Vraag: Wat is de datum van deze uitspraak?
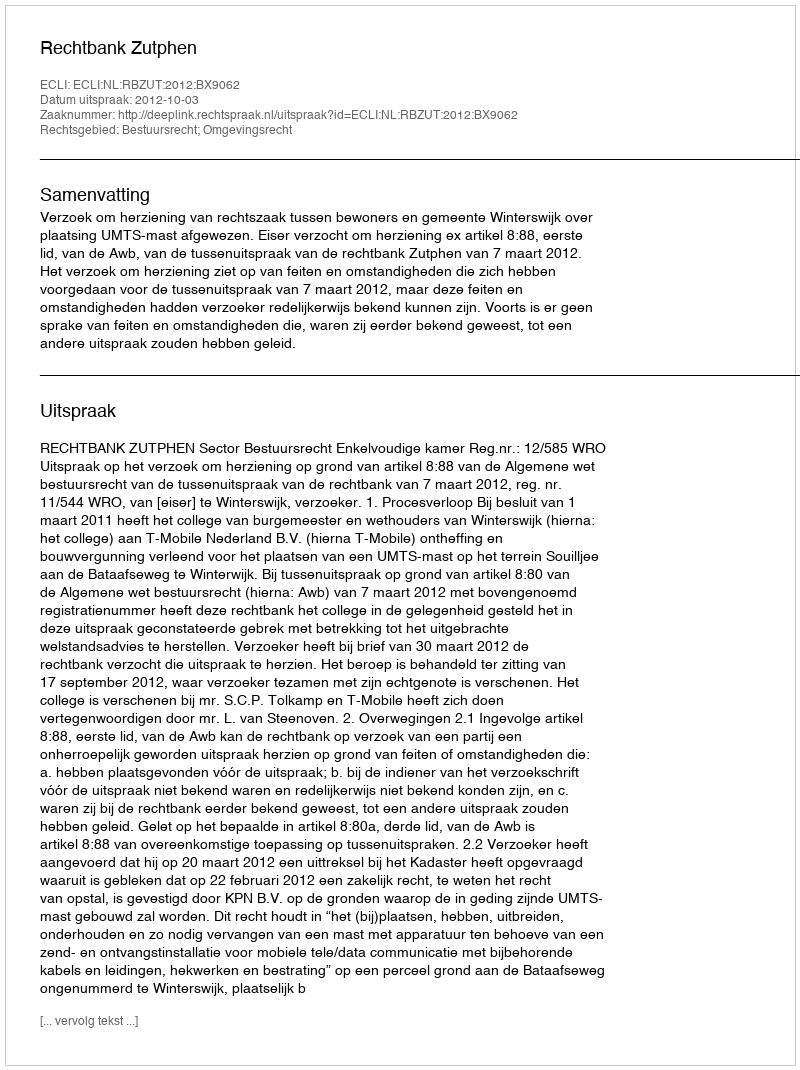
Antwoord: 2012-10-03